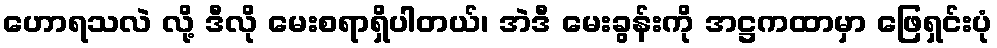
ဟောရသလဲ လို့ ဒီလို မေးစရာရှိပါတယ်၊ အဲဒီ မေးခွန်းကို အဋ္ဌကထာမှာ ဖြေရှင်းပုံ